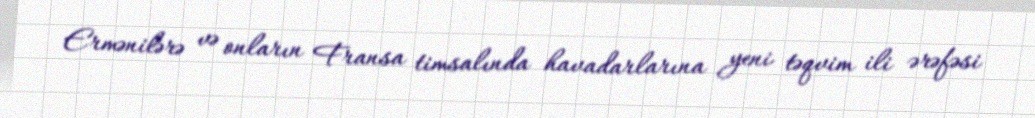
Ermənilərə və onların Fransa timsalında havadarlarına yeni təqvim ili ərəfəsi